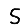
Digit: 5